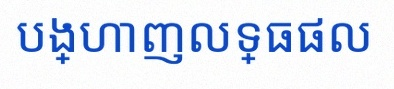
បង្ហាញលទ្ធផល